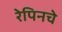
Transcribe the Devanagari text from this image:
रेपिनचे